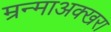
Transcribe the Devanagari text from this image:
म्रन्माअक्खरा